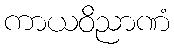
ကာယဝိညာဏံ